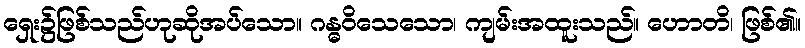
ရှေး၌ဖြစ်သည်ဟုဆိုအပ်သော။ ဂန္ဓဝိသေသော၊ ကျမ်းအထူးသည်။ ဟောတိ၊ ဖြစ်၏။